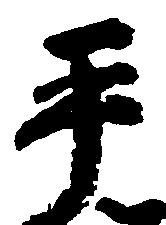
平